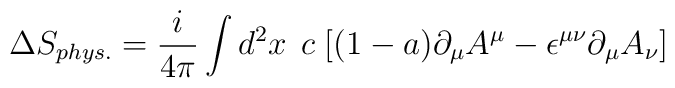
\Delta S_{phys.} = {i\over 4\pi}\int d^2x\,\; c\; [ (1-a)\partial_\mu A^\mu -\epsilon^{\mu\nu}\partial_\mu A_\nu ]